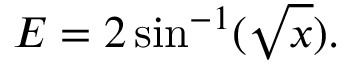
E = 2 \sin ^ { - 1 } ( { \sqrt { x } } ) .